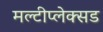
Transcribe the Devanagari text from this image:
मल्टीप्लेक्सड